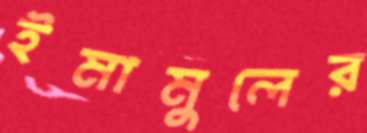
ইমামুলের